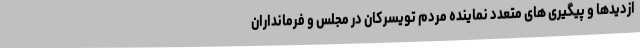
ازدیدها و پیگیری های متعدد نماینده مردم تویسرکان در مجلس و فرمانداران